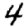
Digit: 4